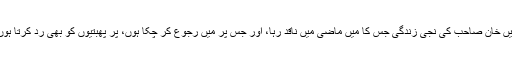
میں خان صاحب کی نجی زندگی جس کا میں ماضی میں ناقد رہا، اور جس پر میں رجوع کر چکا ہوں، پر پھبتیوں کو بھی رد کرتا ہوں۔